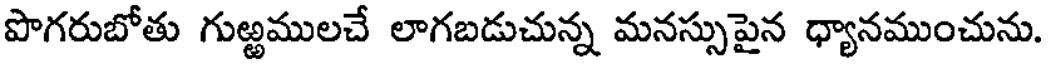
పొగరుబోతు గుఱ్ఱములచే లాగబడుచున్న మనస్సుపైన ధ్యానముంచును.